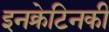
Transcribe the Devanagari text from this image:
इनक्रेटिनकी